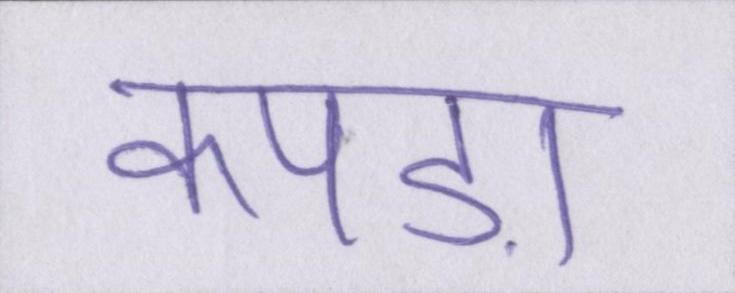
कपड़ा